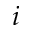
i